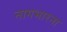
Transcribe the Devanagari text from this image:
नागभारना